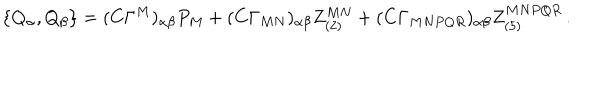
LaTeX: \{ Q _ { \alpha } , Q _ { \beta } \} = ( C \Gamma ^ { M } ) _ { \alpha \beta } P _ { M } + ( C \Gamma _ { M N } ) _ { \alpha \beta } Z _ { ( 2 ) } ^ { M N } + ( C \Gamma _ { M N P Q R } ) _ { \alpha \beta } Z _ { ( 5 ) } ^ { M N P Q R } \, .